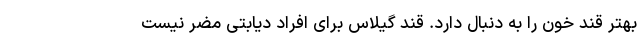
بهتر قند خون را به دنبال دارد. قند گیلاس برای افراد دیابتی مضر نیست